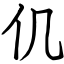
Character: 仉